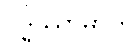
ဝဒ္ဓိဿာမာတိ